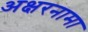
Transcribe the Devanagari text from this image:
अक्षरनामा